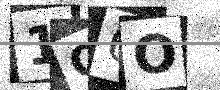
Text: 1O6O